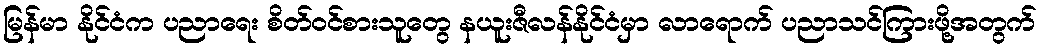
မြန်မာ နိုင်ငံက ပညာရေး စိတ်ဝင်စားသူတွေ နယူးဇီလန်နိုင်ငံမှာ လာရောက် ပညာသင်ကြားဖို့အတွက်